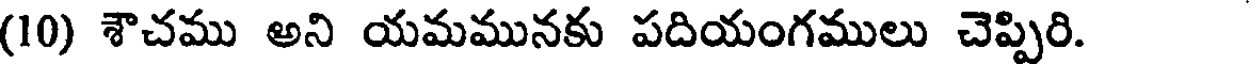
(10) శౌచము అని యమమునకు పదియంగములు చెప్పిరి.